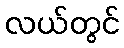
လယ်တွင်